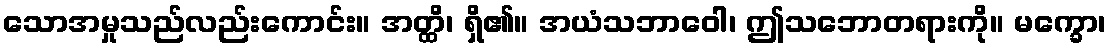
သောအမှုသည်လည်းကောင်း။ အတ္ထိ၊ ရှိ၏။ အယံသဘာဝေါ၊ ဤသဘောတရားကို။ မက္ခော၊